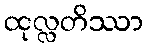
ထုလ္လတိဿာ